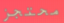
محتجز